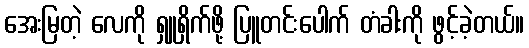
အေးမြတဲ့ လေကို ရှူရှိက်ဖို့ ပြူတင်းပေါက် တံခါးကို ဖွင့်ခဲ့တယ်။